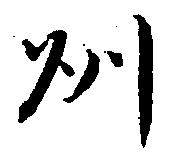
州